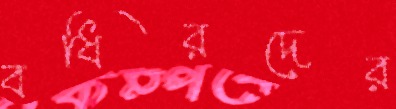
বধিরদের